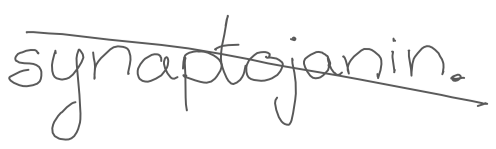
Text: synaptojanin.
Cross-out: diagonal
Writing tool: digital_gray